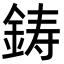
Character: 鋳